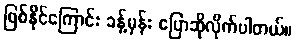
ဖြစ်နိုင်ကြောင်း ခန့်မှန်း ပြောဆိုလိုက်ပါတယ်။